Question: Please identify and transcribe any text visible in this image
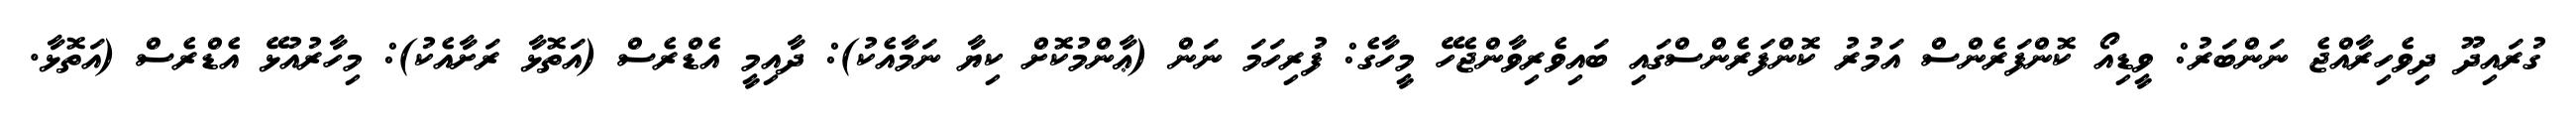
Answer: ގުރައިދޫ ދިވެހިރާއްޖެ ނަންބަރު: ވީޑިއޯ ކޮންފަރެންސް އަމުރު ކޮންފަރެންސްގައި ބައިވެރިވާންޖެހޭ މީހާގެ: ފުރިހަމަ ނަން (ޢާންމުކޮށް ކިޔާ ނަމާއެކު): ދާއިމީ އެޑްރެސް (އަތޮޅާ ރަށާއެކު): މިހާރުއުޅޭ އެޑްރެސް (އަތޮޅާ.